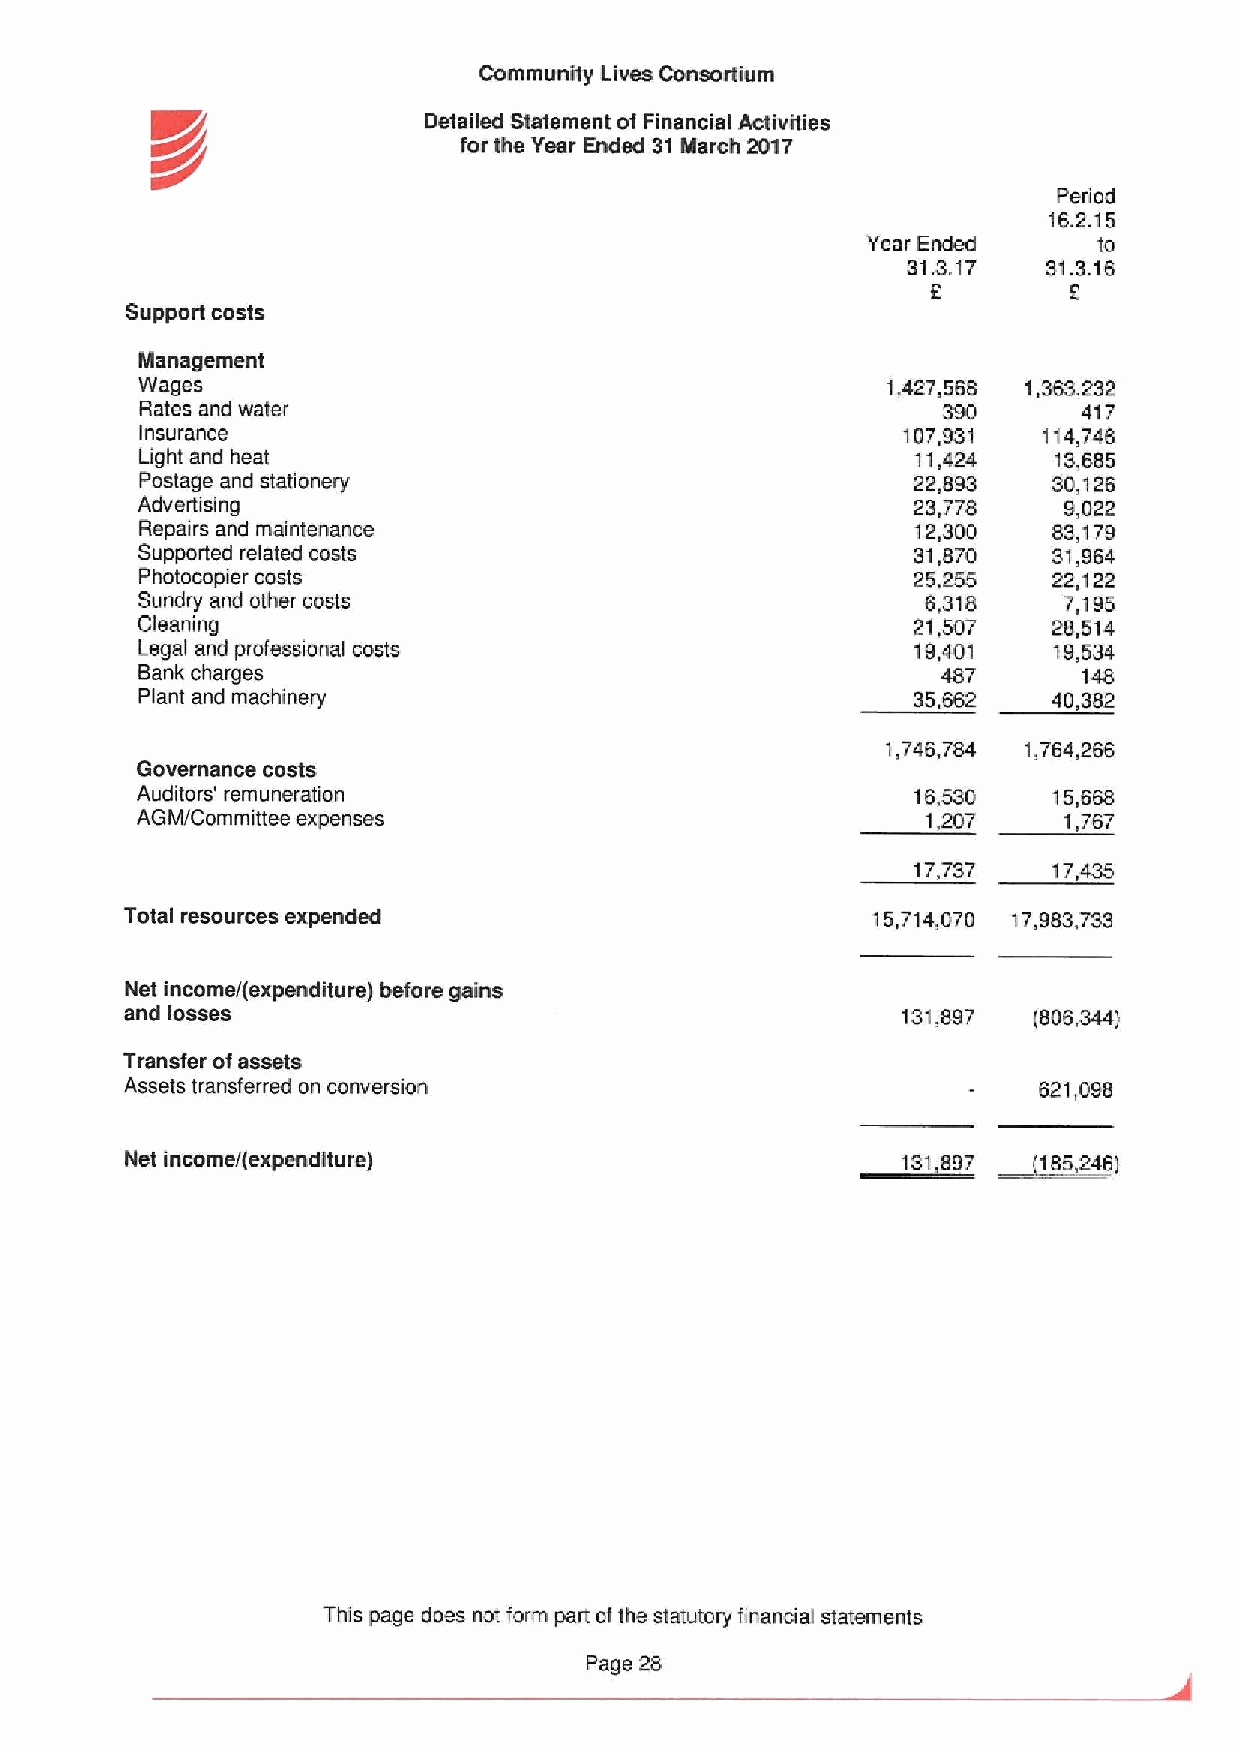
Community Lives Consortium
 Detailed Statement of Financial Activities
 for the Year Ended 31 March 2017
 Period
 16.2.15
 Year Ended      lo
 31.3.17  31.3.16
 2        2
 Supporlcosts
 Management
 Wages                                             1,427,568 1,383,232
 Rates and water                                      390       417
 Insurance                                          107,931  114,746
 Light and heat                                      11,424   13,685
 Postage and stationery                             22,893    30,126
 Advertising                                        23,778    9,022
 Repairs and maintenance                             12,300   83,'I79
 Supported relaled costs                            31,870    31,964
 Photocopier costs                                  25,255    22,122
 Sundry and other costs                              6,318    7,195
 Cleaning                                           21,507    28,514
 Legal and professional costs                        19,401   'I9,534
 Bank charges                                         487       148
 Plant and machinery                                35,682    40,382
 1,746,784 1,764,266
 Governance costs
 Auditors' remuneration                             16,530    15,668
 AGM/Committee expenses                              1,207    1,767
 17,737    17,435
 Total resources expended                          15,714,070 17,983,733
 Net income/(expenditure) before gains
 and losses                                          131,897 (806,344)
 Transfer ofassets
 Assets transferred on conversion                             621,096
 ~185,
 Net income/(expenditure)                            131.897    246)
 This page does not form part ofthe statutory financial statements
 Page 28